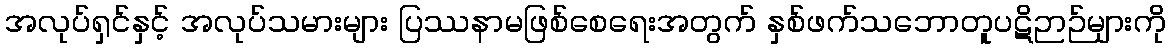
အလုပ်ရှင်နှင့် အလုပ်သမားများ ပြဿနာမဖြစ်စေရေးအတွက် နှစ်ဖက်သဘောတူပဋိဉာဉ်များကို